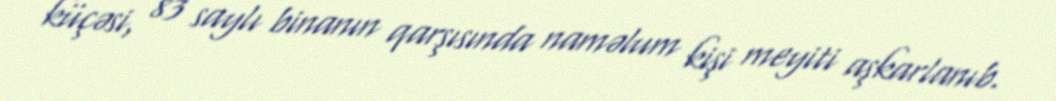
küçəsi, 83 saylı binanın qarşısında naməlum kişi meyiti aşkarlanıb.